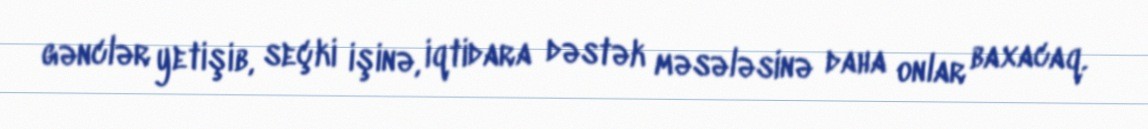
gənclər yetişib, seçki işinə, iqtidara dəstək məsələsinə daha onlar baxacaq.